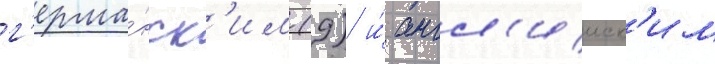
г'ерма́нск'им (9) и́ англ'ииск'им